Vital statistics of India. Vol. V, Reports of 1876 on armies & jails and on epidemic cholera
Year: 1876
Disease focus: Cholera
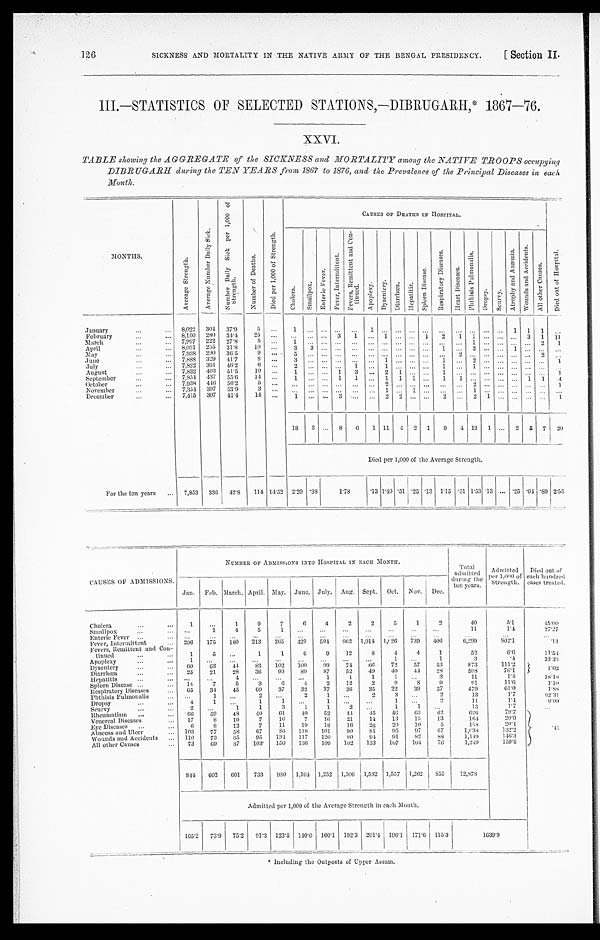
SICKNESS AND MORTALITY IN THE NATIVE ARMY OF THE BENGAL PRESIDENCY.
[S ection II.
III.—STATISTICS OF SELECTED STATIONS,—DIBRUGARH,* 1867—76.
XXVI.
TABLE showing the AGGREGATE of the SICKNESS and MORTALITY among the NATIVE TROOPS occupying
DIBRUGARH during the TEN YEARS from 1867 to 1876, and the Prevalence of the Principal Diseases in each
Month.
MONTHS.
A v e r a g e S t r e n g t h .
A v e r a g e N u m b e r D a i l y S i c k .
N u m b e r D a i l y S i c k p e r 1 , 0 0 0 o f
S t r e n g t h .
N u m b e r o f D e a t h s .
D i e d p e r 1 , 0 0 0 o f S t r e n g t h .
CAUSES OF DEATHS IN HOSPITAL.
D i e d o u t o f H o s p i t a l .
C h o l e r a .
Smal l pox.
E n t e r i c F e v e r .
F e v e r , I n t e r m i t t e n t .
F e v e r s , R e m i t t e n t a n d c o n -
t i n u e d .
A p o p l e x y .
D y s e n t e r y .
D i a r r h œ a .
Hepat i t i s.
S p l e e n D i s c a s e .
R e s p i r a t o r y D i s e a s e s .
H e a r t D i s e a s e s .
P h t h i s i s P u l m o n a l i s .
Dropsy.
S e u r v y .
A t r o p h y a n d A n æ m i a .
W o u n d s a n d A c c i d e n t s .
Al l ot he r Ca us e s .
January . . .
8,022
304
37.9
5
. . .
1 . . .
. . .
. . .
. . .
1
. . .
. . .
. . .
. . .
. . .
. . .
. . .
. . .
. . .
1
1
1
. . .
February. . .
8,150
280
34. 4
2 5
. . .
. . .
. . .
. . .
3 1
. . .
1
. . . . . .
1
2
1
1 . . .
. . . . . .
3
1
11
March . . .
7,997
222
27.8
5
. . .
1
. . .
. . .
. . .
. . .
. . .
. . .
. . . . . .
. . .
. . . . . . 1
. . .
. . .. . . . . .
2
1
April . . .
8,031
255
31.8
10
. . .
3
3
. . . . . ..
. . .
. . .
. . .
. . . . . .
. . .
1 . . . 2
. . .
. . .1
. . . . . .
. . .
M a y . . .
7,938
290
36.5
9
. . .
5 . . .
. . .
. . .
. . .
. . .
. . .
. . . . . .
. . .
. . .
2
. . . . . .
. . .. . . . . . 2
. . .
June . . .
7,888
329
41.7
8
. . .
3 . . .
. . .
. . .
. . .
. . .
1
. . . . . .
. . .
1
. . .
2
. . .
. . .. . . . . . . . .
1
July . . .
7,822
361
46.2
6
. . .
2 . . .
. . .
. . .
1
. . .
1
. . . . . .
. . .
1 . . . 1
. . .
. . .. . . . . . . . .
. . .
August . . .
7,832
403
51.5
10
. . .
1
. . .
. . .
1
3
. . .
2
1 . . .
. . .
1
. . . . . . . . .
. . . . . .
. . . . . .
1
September . . .
7,854
437
55.6
14
. . .
1
. . .
. . .
1
1
. . .
1
1 1
. . .
1 1
. . . . . .
. . .. . .
1
1
4
October . . .
7,938
446
56.2
5
. . .
. . . . . .
. . .
. . .
. . .
. . .
2
. . . . . .
. . .
. . . . . . 2
. . .
. . .. . .
. . .. . .
1
November . . .
7,354
397
53.9
3
. . .
. . . . . .
. . .
. . .
. . .
. . . 1
. . .
1
. . .
. . . . . . 1
. . .
. . .. . . . . . . . .
. . .
December . . .
7,415
307
41.4
1 4
. . .
1 . . .
. . .
3
. . .
. . .
2
2 . . .
. . .
2 . . .
2
1
. . .
. . . . . . . . .
1
18
3
. . . 8
6
1 11
4
2
1
9
4 12
1
. . . 2
5
7
20
Died per 1,000 of the Average Strength.
For the ten years . . .
7,853
336
42.8
114 14.52 2.29 .38
1.78
.13 1.40 .51 .25 .13 1.15 .51 1.53 .13
. . . .25 .64 .89 2.55
CAUSES OF ADMISSIONS.
NUMBER OF ADMISSIONS INTO HOSPITAL IN EACH MONTH.
Total
admitted
during
t h e t e n y e a r s .
Admitted
per 1,000 of
Strength.
Died out of
each hundred
cases treated.
Jan.
Feb. March. April. May.
June. July.
Aug. Sept.
Oct.
Nov.
Dec.
Cholera . . .
1
. . .
1
9
7
6
4
2
2
5
1
2
40
5.1
15.00
Smallpox . . .
. . .
1
4
5
1
. . .
. . .
. . .
. . .
. . .
. . .
. . .
11
1.4
27.27
Enteric Fever . . .
. . .
. . .
. . .
. . .
. . .
. . .
. . .
. . .
. . .
. . .
. . .
. . .
. . .
. . .
. . .
Fever, Intermittent . . .
296
175
180
213
265
429
594
962
1,014
1, 0<i l l egi bl e>26
739
406
6,299
802.1
.13
Fevers, Remittent and Con
-
tinued. . .
1
5
. . .
1
1
6
9
1 2
8
4
4
1
52
6.6
1 1 . 5 4
Apoplexy . . .
1
. . .
. . .
. . .
. . .
. . .
. . .
. . .
. . .
1
. . .
1
3
. 4
33.33
Dysentery . . .
60
63
44
83
102
100
99
74
6 6
7 2
57
53
873
1 1 1 . 2 1 . 0 2
Diarrhœa . . .
25
21
28
36
99
89
87
5 2
49
40
44
28
598
76.1
Hepatitis . . .
. . .
. . .
4
. . .
. . .
. . .
1
1
1
1
. . .
3
11
1 . 4
1 8 . 1 8
Spleen Disease . . .
14
7
5
3
6
4
2
12
2
9
8
9
91
11.6
1 . 1 0
Respiratory Diseases . . .
65
34
45
60
37
32
37
3 6
35
22
39
37
479
61.0
1 . 8 8
Phthisis Pulmonalis . . .
. . .
1
. . .
. . .
. . .
2
1
. . .
2
3
. . .
2
13
1.7
9 2 . 3 1
Dropsy . . .
4
1
. . .
1
1
. . .
1
. . .
. . .
1
. . .
2
11
1 . 4
9 . 0 9
Scurvy . . .
2
. . .
1
1
3
1
1
2
. . .
1
1
. . .
13
1.7
. . .
Rheumatism . . .
66
59
48
40
61
40
52
4 4
45
46
63
62
626
79.7
.41
Venereal Diseases . . .
17
8
19
7
16
7
16
21
14
13
13
13
164
2 0 . 9
Eye Diseases . . .
6
8
12
7
11
19
18
16
26
20
10
5
158
20.1
Abscess and Ulcer . . .
103
77
58
67
86
116
101
90
81
95
97
67
1,038
132.2
Wounds and Accidents . . .
110
73
6 5
95
134
117
120
80
94
91
82
88
1,149
146.3
All other Causes . . .
73
69
87
103
150
136
109
102
133
107
104
76
1,249
159.0
844
602
601
733
980
1,104 1,252 1,506
1,582
1,557
1,262
855
12,878
Admitted per 1,000 of the Average Strength in each Month.
105.2
73.9
75.2
91.3
123.5
140.0
160.1
192.3
201.4
196.1
171.6
115.3
1639.9
* Including the Outposts of Upper
Assam.